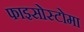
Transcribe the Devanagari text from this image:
फाइसोस्टोमा